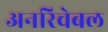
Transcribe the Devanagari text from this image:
अनरिचेबल